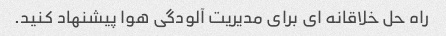
راه حل خلاقانه ای برای مدیریت آلودگی هوا پیشنهاد کنید.